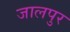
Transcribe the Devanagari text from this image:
जालपुर